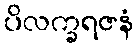
ပိလက္ခရဇနံ